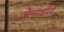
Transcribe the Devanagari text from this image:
जेलमधील